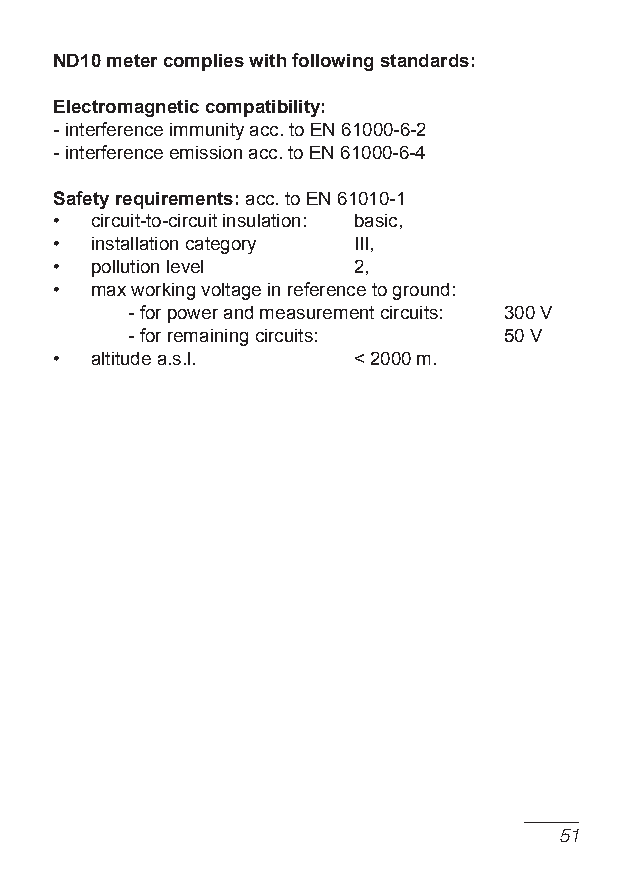
ND10 meter complies with following standards:
 Electromagnetic compatibility:
 - interference immunity acc. to eN 61000-6-2
 - interference emission acc. to eN 61000-6-4
 Safety requirements: acc. to eN 61010-1
 • circuit-to-circuit insulation: basic,
 • installation category III,
 • pollution level  2,
 • max working voltage in reference to ground:
 - for power and measurement circuits: 300 V
 - for remaining circuits: 50 V
 • altitude a.s.l.  < 2000 m.
 1